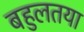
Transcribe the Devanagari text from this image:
बहुलतया